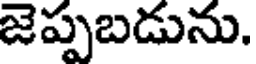
జెప్పబడును.